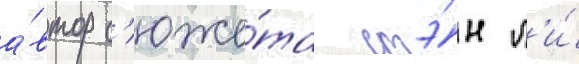
а́втор с'юже́та стэ́н л'и́